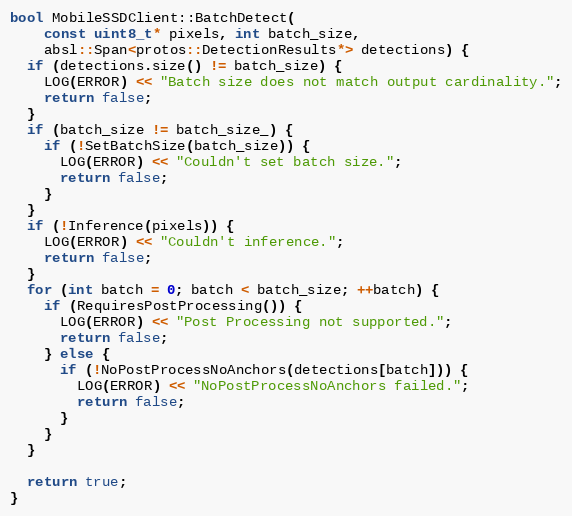
Language: C++
bool MobileSSDClient::BatchDetect(
    const uint8_t* pixels, int batch_size,
    absl::Span<protos::DetectionResults*> detections) {
  if (detections.size() != batch_size) {
    LOG(ERROR) << "Batch size does not match output cardinality.";
    return false;
  }
  if (batch_size != batch_size_) {
    if (!SetBatchSize(batch_size)) {
      LOG(ERROR) << "Couldn't set batch size.";
      return false;
    }
  }
  if (!Inference(pixels)) {
    LOG(ERROR) << "Couldn't inference.";
    return false;
  }
  for (int batch = 0; batch < batch_size; ++batch) {
    if (RequiresPostProcessing()) {
      LOG(ERROR) << "Post Processing not supported.";
      return false;
    } else {
      if (!NoPostProcessNoAnchors(detections[batch])) {
        LOG(ERROR) << "NoPostProcessNoAnchors failed.";
        return false;
      }
    }
  }

  return true;
}